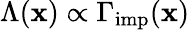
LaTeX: \Lambda(\mathbf{x})\propto\Gamma_{\mathrm{{imp}}}(\mathbf{x})